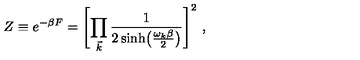
Z \equiv e ^ { - \beta F } = \Biggl [ \prod _ { \vec { k } } { \frac { 1 } { 2 \sinh \bigl ( { \frac { \omega _ { k } \beta } { 2 } } \bigr ) } } \Biggr ] ^ { 2 } \ ,